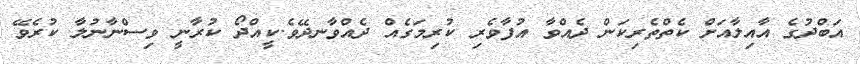
އަބްދުގެ އާއިލާއަށް ކެތްތެރިކަން ދެއްވާ އުފާވެރި ކުރިމަގެއް ދެއްވާނދޭވެ.ކީއްދޯ ކުރާނީ ވިސްނާނުލާ ކުރެވޭ